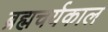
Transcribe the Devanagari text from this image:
ब्रह्मचर्यकाल